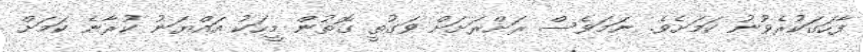
ފާހަގަކުރެވުނު ކަމަށެވެ. ނަމަވެސް ރަށްރަށަށް ވަގުތީ ގޮތުން މީހަކު އައްޔަނު ކުރާނެ ކަމަށް